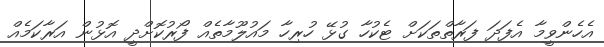
އެހެންވީމާ އެފަދަ ފަރާތްތަކަށް ޓެކުހާ ގުޅޭ ހުރިހާ މައުލޫމާތެއް ފޯރުކޮށްދީ އޮޅުން އަރާކަމެއް